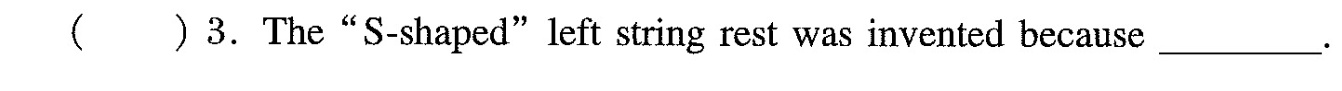
( )3.The"S-shaped"left string rest was invented because___.